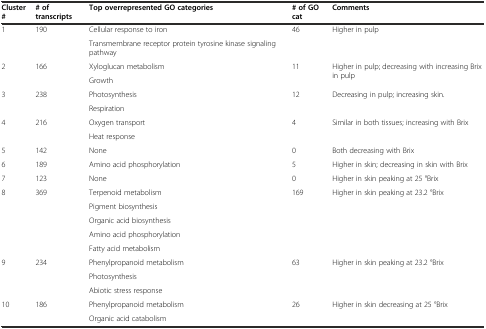
| Cluster # | # of transcripts | Top overrepresented GO categories | # of GO cat | Comments |
 | --- | --- | --- | --- | --- |
 | <ROWSPAN=2> 1 | <ROWSPAN=2> 190 | Cellular response to iron | <ROWSPAN=2> 46 | <ROWSPAN=2> Higher in pulp |
 | Transmembrane receptor protein tyrosine kinase signaling pathway |
 | <ROWSPAN=2> 2 | <ROWSPAN=2> 166 | Xyloglucan metabolism | <ROWSPAN=2> 11 | <ROWSPAN=2> Higher in pulp; decreasing with increasing Brix in pulp |
 | Growth |
 | <ROWSPAN=2> 3 | <ROWSPAN=2> 238 | Photosynthesis | <ROWSPAN=2> 12 | <ROWSPAN=2> Decreasing in pulp; increasing skin. |
 | Respiration |
 | <ROWSPAN=2> 4 | <ROWSPAN=2> 216 | Oxygen transport | <ROWSPAN=2> 4 | <ROWSPAN=2> Similar in both tissues; increasing with Brix |
 | Heat response |
 | 5 | 142 | None | 0 | Both decreasing with Brix |
 | 6 | 189 | Amino acid phosphorylation | 5 | Higher in skin; decreasing in skin with Brix |
 | 7 | 123 | None | 0 | Higher in skin peaking at 25 °Brix |
 | <ROWSPAN=5> 8 | <ROWSPAN=5> 369 | Terpenoid metabolism | <ROWSPAN=5> 169 | <ROWSPAN=5> Higher in skin peaking at 23.2 °Brix |
 | Pigment biosynthesis |
 | Organic acid biosynthesis |
 | Amino acid phosphorylation |
 | Fatty acid metabolism |
 | <ROWSPAN=3> 9 | <ROWSPAN=3> 234 | Phenylpropanoid metabolism | <ROWSPAN=3> 63 | <ROWSPAN=3> Higher in skin peaking at 23.2 °Brix |
 | Photosynthesis |
 | Abiotic stress response |
 | <ROWSPAN=2> 10 | <ROWSPAN=2> 186 | Phenylpropanoid metabolism | <ROWSPAN=2> 26 | <ROWSPAN=2> Higher in skin decreasing at 25 °Brix |
 | Organic acid catabolism |